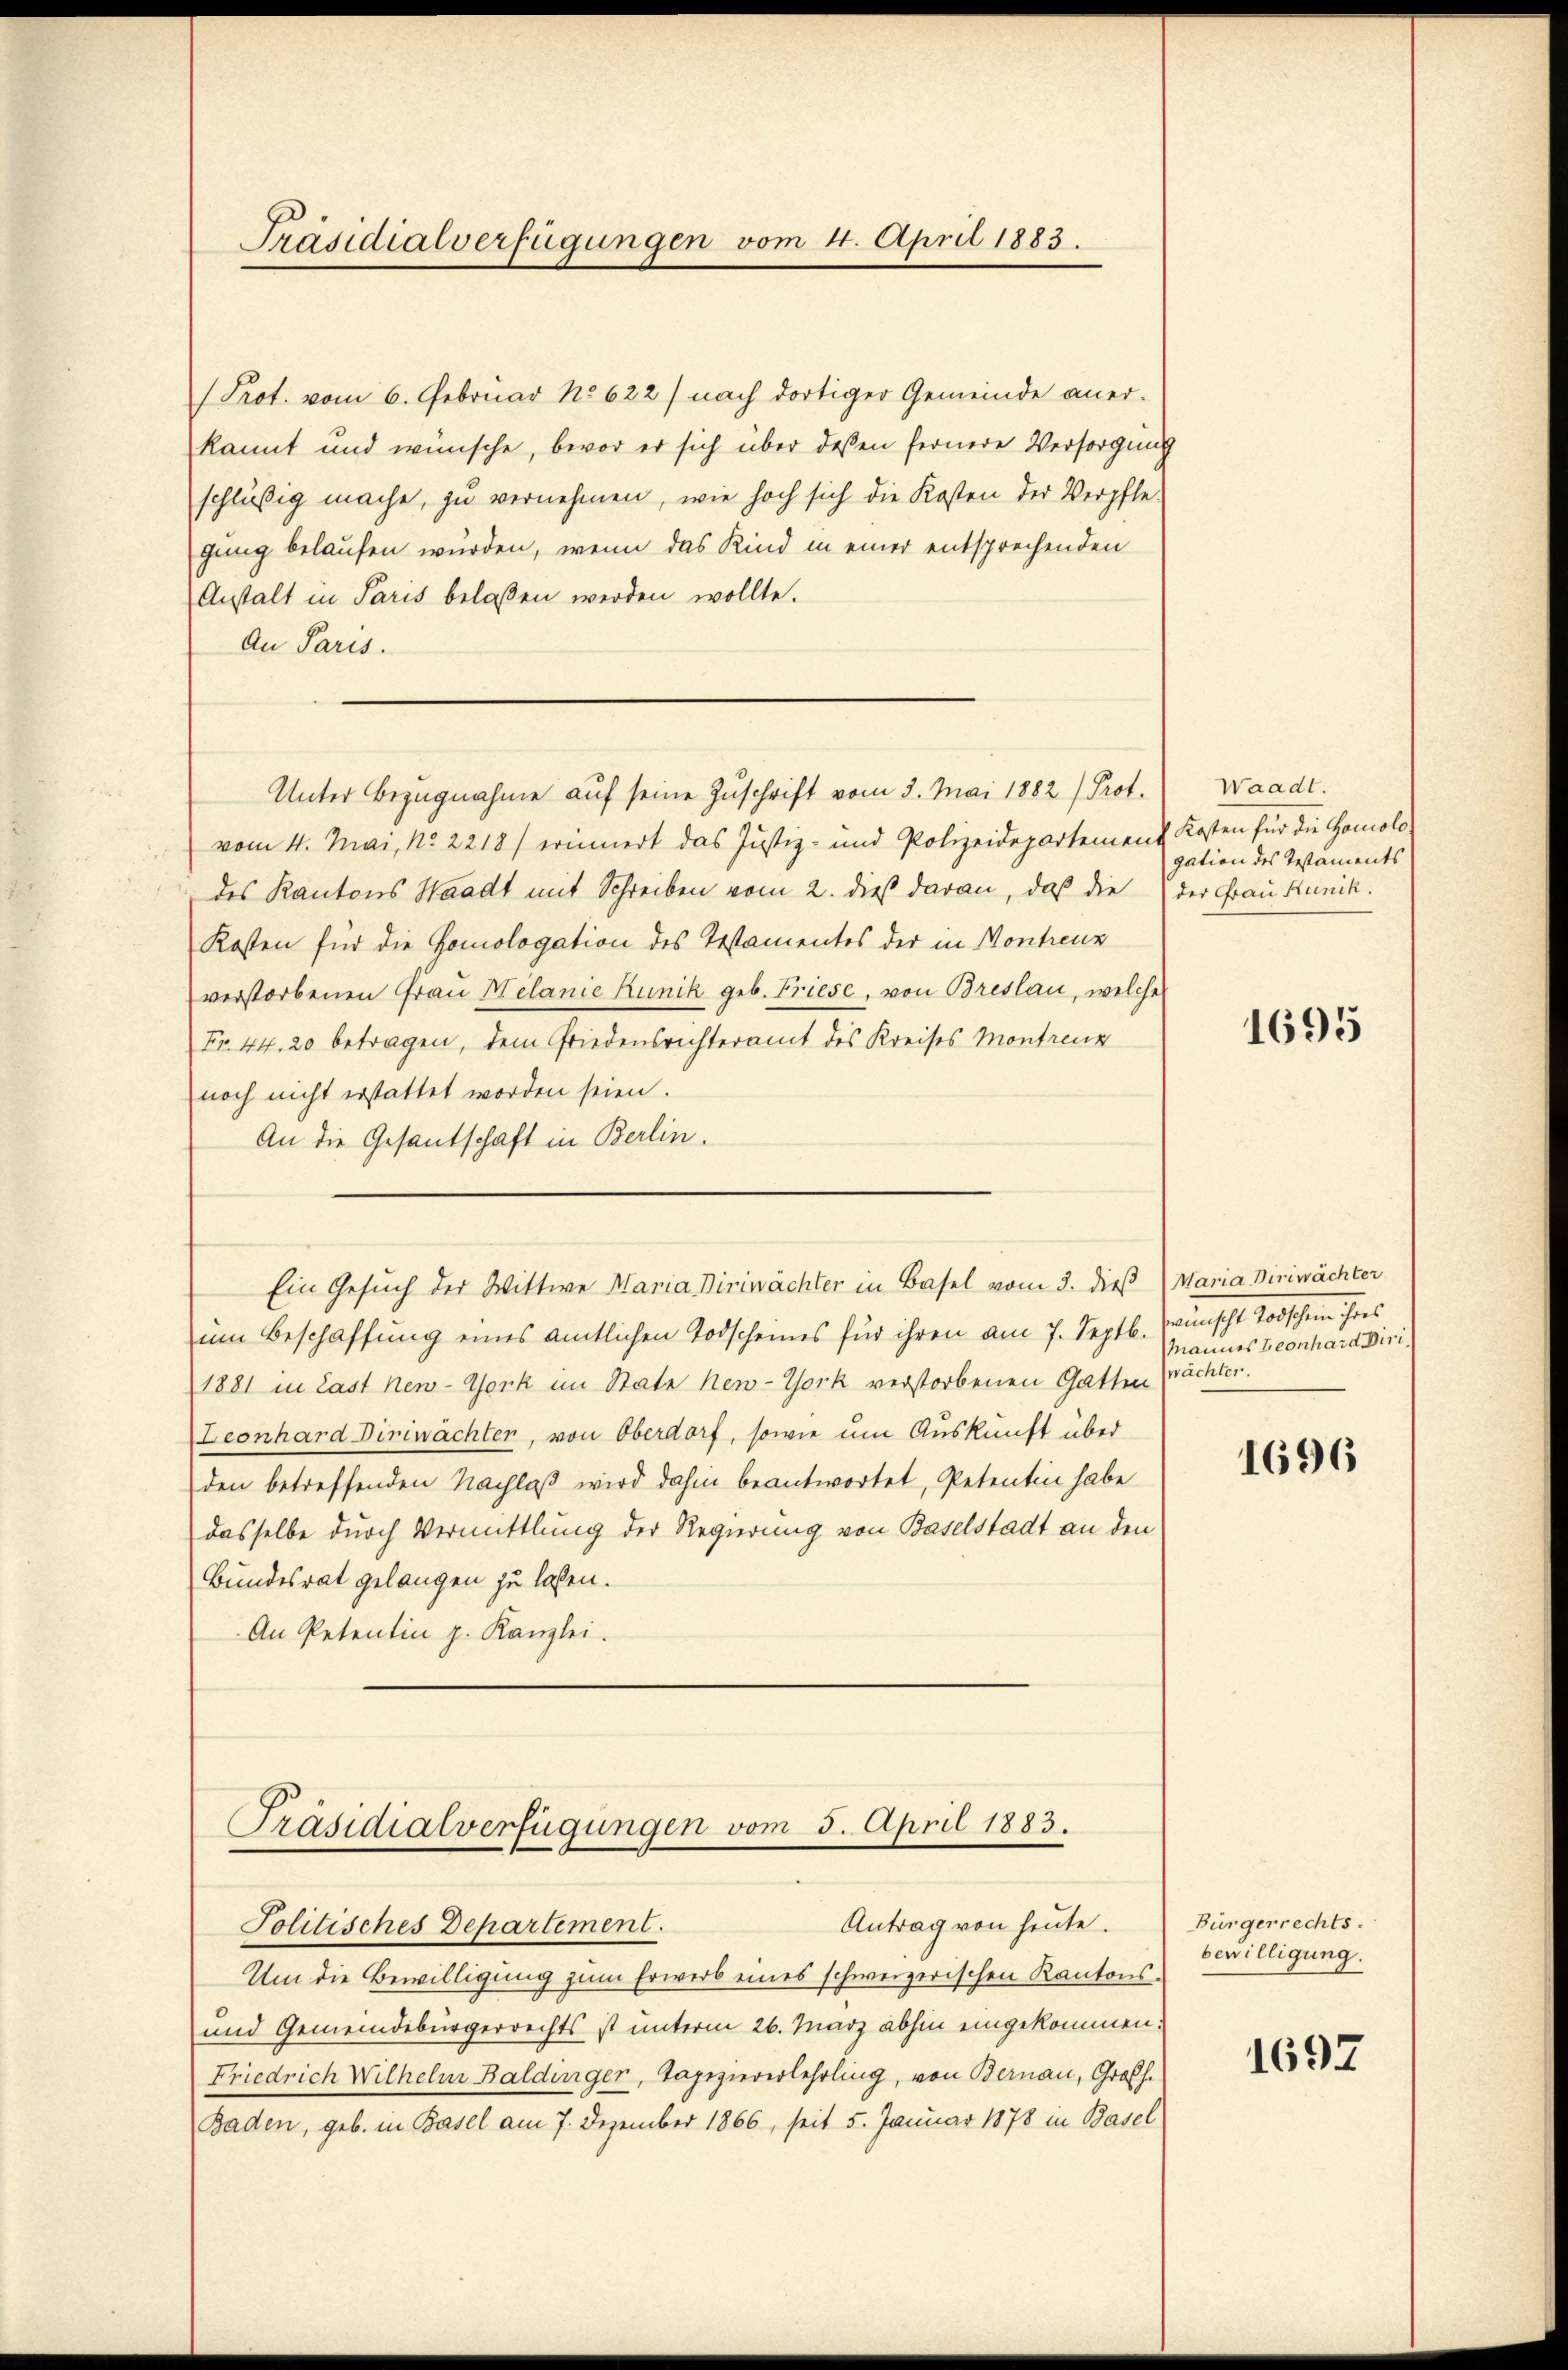
Präsidialverfügungen vom 4. April 1883.

(Prot. vom 6. Februar No 622) nach dortiger Gemeinde aner-
kannt und wünsche, bevor er sich über dessen fernere Versorgung
schläßig mache, zu vernehmen, wie hoch sich die Kosten der Verpfle-
gung belaufen würden, wenn das Kind in einer entsprechenden
Anstalt in Paris belaßen werden wollte.
An Paris.
vom 4. Mai, No 2218) erinnert das Justiz- und Polizeidepartement Kosten für die Homolo-
des Kantons Waadt mit Schreiben vom 2. dieß daran, daß die der Frau Runik.
Kosten für die Gomologation des Testamentes der in Kontreuz
verstorbenen Frau Melanie Runik geb. Friese, von Breslau, welche
Fr. 44. 20 betragen, dem Friedensrichteramt des Kreises Montreux
noch nicht erstattet worden seien.
An die Gesandschaft in Berlin.
Ein Gesuch der Wittwe Maria Dirinächter in Basel vom 3. dieß (Maria Diriwächter
um Beschaffung eines amtlichen Todscheines für ihren am 7. Septb.
1881 in Last New-York im State New-York verstorbenen Gatten
Leonhard Diriwächter, von Oberdorf, sowie um Auskunft über
den betreffenden Nachlaß wird dahin beantwortet, Petentin habe
dasselbe durch Vermittlung der Regierung von Baselstadt an den
Bundesrat gelangen zu lassen.
An Petentin z. Kanzlei.

Unter Bezugnahme auf seine Zuschrift vom 3. Mai 1882 (Prof. Waadt.

Präsidialverfügungen vom 5. April 1883.
Antrag von heute.
Solitisches Departement.

Um die Bewilligung zum Erwerb eines schweizerischen Kantons-
und Gemeindebürgerrechts ist unterm 26. März abhin eingekommen.
Friedrich Wilhelm Baldinger, Tapezieverlehrling, von Bernau, Großh.
Baden, geb. in Basel am 7. Dezember 1866, seit 5. Januar 1878 in Basel

gation des Testaments

1695

aunfl. 10ten Jus
Mannes Leonhard Diri
wächter.

1696

Bürgerrechts.
bewilligung.

1697